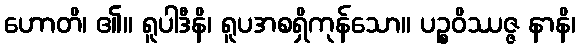
ဟောတိ၊ ၏။ ရူပါဒီနိ၊ ရူပအစရှိကုန်သော။ ပဉ္စဝိဿဇ္ဇ နာနိ၊